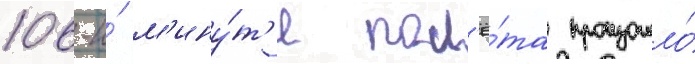
106-и́ м'ину́т'е пол'ё́та произошло́